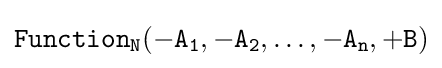
{\mathtt {Function_{N}({-A_{1}},{-A_{2}},\dots ,{-A_{n}},{+B})}}